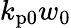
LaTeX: k_{\mathrm{p0}}w_{0}